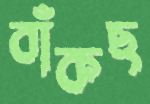
বাঁকছ